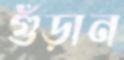
গুঁড়ান